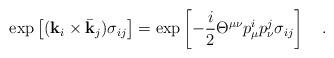
LaTeX: \begin{align*}{\rm exp} \left [ ( {\bf k}_i \times {\bar {\bf k}}_j ) \sigma_{ij} \right ]= {\rm exp} \left [ - {{i}\over{2}} \Theta^{\mu\nu} p^i_{\mu} p^j_{\nu} \sigma_{ij} \right ]\quad .\end{align*}